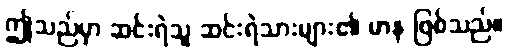
ဤသည်မှာ ဆင်းရဲသူ ဆင်းရဲသားများ၏ မာန ဖြစ်သည်။